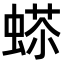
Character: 𧍠